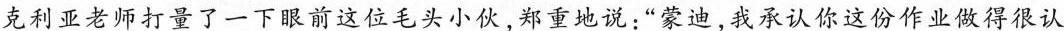
克利亚老师打量了一下眼前这位毛头小伙，郑重地说：”蒙迪，我承认你这份作业做得很认